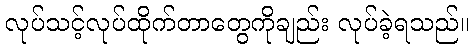
လုပ်သင့်လုပ်ထိုက်တာတွေကိုချည်း လုပ်ခဲ့ရသည်။